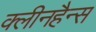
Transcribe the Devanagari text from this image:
क्लीनहैन्स